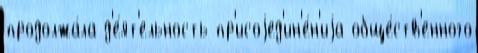
продолжа́ла д'е́ят'ельность пр'исоjед'ин'е́н'иjа обще́ств'енного